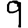
Digit: 9